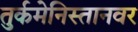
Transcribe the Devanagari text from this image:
तुर्कमेनिस्तानवर